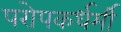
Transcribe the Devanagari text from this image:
परोपकर्धर्मी